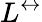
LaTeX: L^{\leftrightarrow}